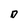
Character: D